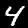
Label: 4